Report of the Imperial Institute of Veterinary Research, Muktesar
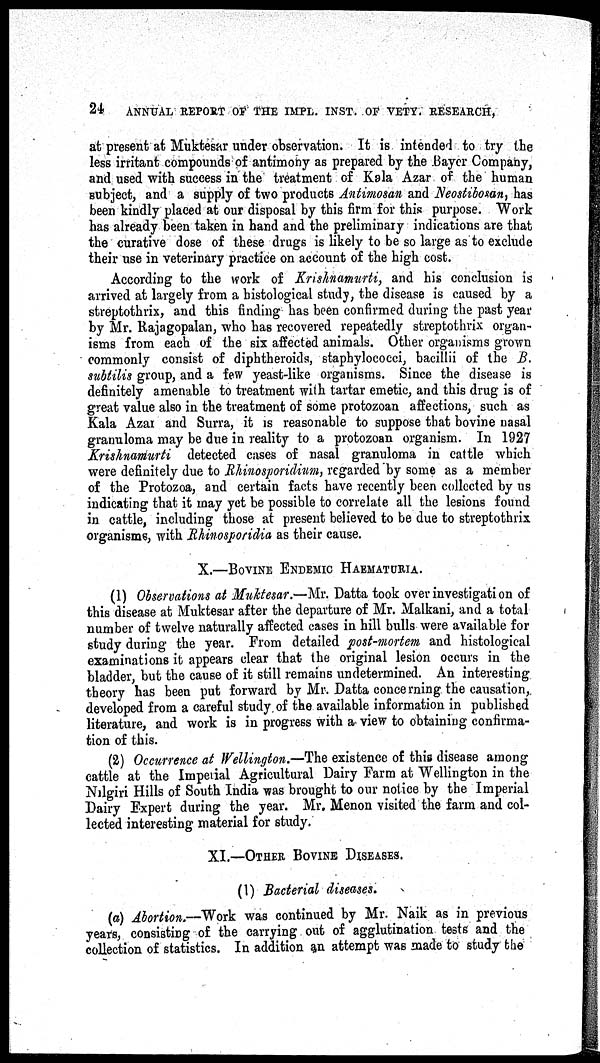
24
ANNUAL REPORT OF THE IMPL. INST OF VETY. RESEARCH,
at present at Muktesar under observation. It is intended to try the
less irritant compounds of antimony as prepared by the Bayer Company,
and used with success in the treatment of Kala Azar of the human
subject, and a supply of two products Antimosan and Neostibosan, has
been kindly placed at our disposal by this firm for this purpose. Work
has already been taken in hand and the preliminary indications are that
the curative dose of these drugs is likely to be so large as to exclude
their use in veterinary practice on account of the high cost.
According to the work of Krishnamurti, and his conclusion is
arrived at largely from a histological study, the disease is caused by a
streptothrix, and this finding has been confirmed during the past year
by Mr. Rajagopalan, who has recovered repeatedly streptothrix organ-
isms from each of the six affected animals. Other organisms grown
commonly consist of diphtheroids, staphylococci, bacillii of the B.
subtilis group, and a few yeast-like organisms. Since the disease is
definitely amenable to treatment with tartar emetic, and this drug is of
great value also in the treatment of some protozoan affections, such as
Kala Azar and Surra, it is reasonable to suppose that bovine nasal
granuloma may be due in reality to a protozoan organism. In 1927
Krishnamurti detected cases of nasal granuloma in cattle which
were definitely due to Rhinosporidium, regarded by some as a member
of the Protozoa, and certain facts have recently been collected by us
indicating that it may yet be possible to correlate all the lesions found
in cattle, including those at present believed to be due to streptothrix
organisms, with Rhinosporidia as their cause.
X.—BOVINE ENDEMIC HAEMATURIA.
(1) Observations at Muktesar.—Mr. Datta took over investigation of
this disease at Muktesar after the departure of Mr. Malkani, and a total
number of twelve naturally affected cases in hill bulls were available for
study during the year. From detailed post-mortem and histological
examinations it appears clear that the original lesion occurs in the
bladder, but the cause of it still remains undetermined. An interesting
theory has been put forward by Mr. Datta concerning the causation,
developed from a careful study of the available information in published
literature, and work is in progress with a view to obtaining confirma-
tion of this.
(2) Occurrence at Wellington.—The existence of this disease among
cattle at the Imperial Agricultural Dairy Farm at Wellington in the
Nilgiri Hills of South India was brought to our notice by the Imperial
Dairy Expert during the year. Mr. Menon visited the farm and col-
lected interesting material for study.
XI.—OTHER BOVINE DISEASES.
(1) Bacterial diseases.
(a) Abortion.—Work was continued by Mr. Naik as in previous
years, consisting of the carrying out of agglutination tests and the
collection of statistics. In addition an attempt was made to study the